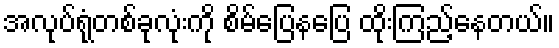
အလုပ်ရုံတစ်ခုလုံးကို စိမ်ပြေနပြေ ထိုးကြည့်နေတယ်။